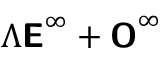
\Lambda \boldsymbol { \mathsf { E } } ^ { \infty } + \boldsymbol { \mathsf { O } } ^ { \infty }